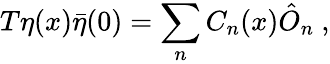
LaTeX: T\eta(x)\bar{\eta}(0)=\sum_{n}C_{n}(x)\hat{O}_{n}\ ,